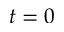
t = 0